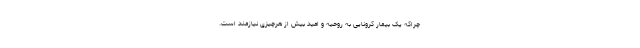
چراکه یک بیمار کرونایی به روحیه و امید بیش از هرچیزی نیازمند است.